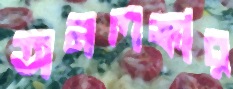
অনলঙ্কার